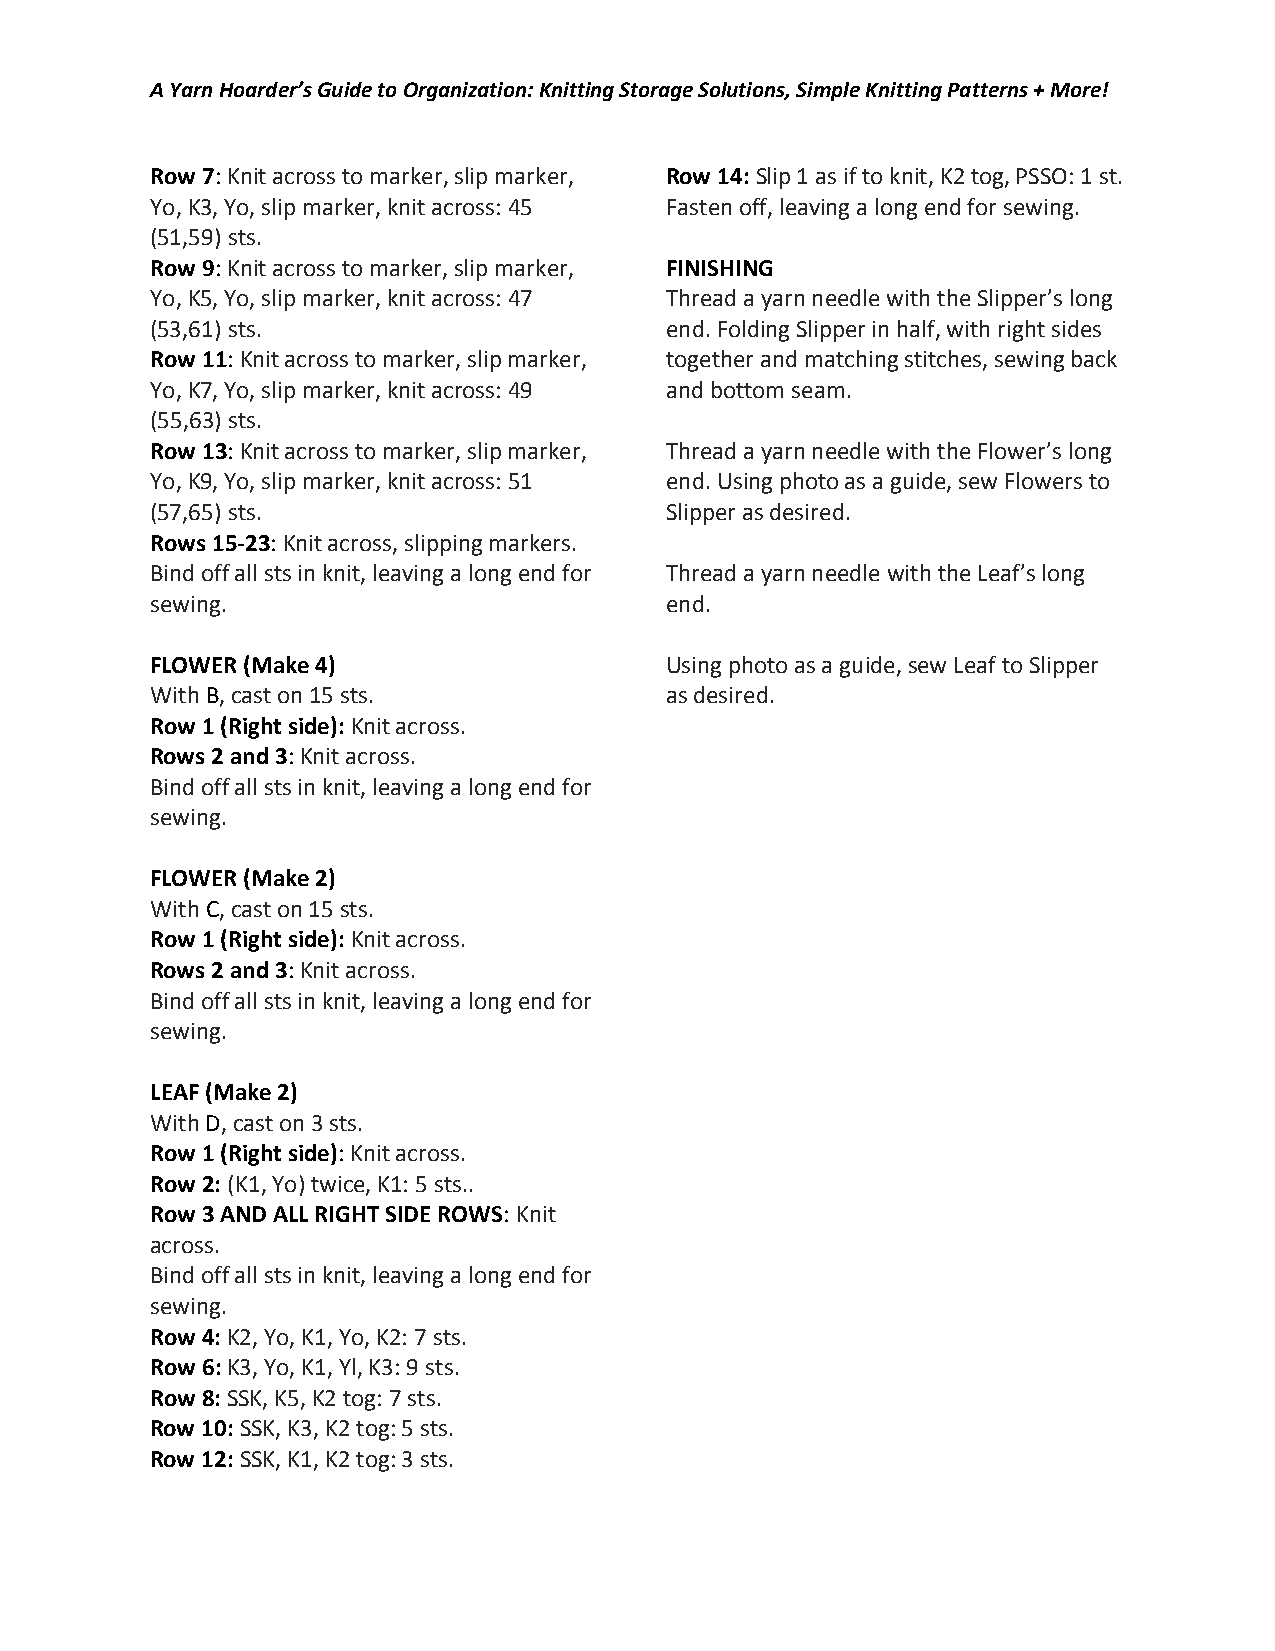
A Yarn Hoarder’s Guide to Organization: Knitting Storage Solutions, Simple Knitting Patterns + More!
 Row 7: Knit across to marker, slip marker, Row 14: Slip 1 as if to knit, K2 tog, PSSO: 1 st.
 Yo, K3, Yo, slip marker, knit across: 45 Fasten off, leaving a long end for sewing.
 (51,59) sts.
 Row 9: Knit across to marker, slip marker, FINISHING
 Yo, K5, Yo, slip marker, knit across: 47 Thread a yarn needle with the Slipper’s long
 (53,61) sts.                      end. Folding Slipper in half, with right sides
 Row 11: Knit across to marker, slip marker, together and matching stitches, sewing back
 Yo, K7, Yo, slip marker, knit across: 49 and bottom seam.
 (55,63) sts.
 Row 13: Knit across to marker, slip marker, Thread a yarn needle with the Flower’s long
 Yo, K9, Yo, slip marker, knit across: 51 end. Using photo as a guide, sew Flowers to
 (57,65) sts.                      Slipper as desired.
 Rows 15-23: Knit across, slipping markers.
 Bind off all sts in knit, leaving a long end for Thread a yarn needle with the Leaf’s long
 sewing.                           end.
 FLOWER (Make 4)                   Using photo as a guide, sew Leaf to Slipper
 With B, cast on 15 sts.           as desired.
 Row 1 (Right side): Knit across.
 Rows 2 and 3: Knit across.
 Bind off all sts in knit, leaving a long end for
 sewing.
 FLOWER (Make 2)
 With C, cast on 15 sts.
 Row 1 (Right side): Knit across.
 Rows 2 and 3: Knit across.
 Bind off all sts in knit, leaving a long end for
 sewing.
 LEAF (Make 2)
 With D, cast on 3 sts.
 Row 1 (Right side): Knit across.
 Row 2: (K1, Yo) twice, K1: 5 sts..
 Row 3 AND ALL RIGHT SIDE ROWS: Knit
 across.
 Bind off all sts in knit, leaving a long end for
 sewing.
 Row 4: K2, Yo, K1, Yo, K2: 7 sts.
 Row 6: K3, Yo, K1, Yl, K3: 9 sts.
 Row 8: SSK, K5, K2 tog: 7 sts.
 Row 10: SSK, K3, K2 tog: 5 sts.
 Row 12: SSK, K1, K2 tog: 3 sts.